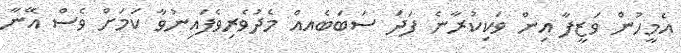
އެމީހުން ވަޒީފާ އިން ވަކިކުރާނެ ފަދަ ސަބަބެއއް މެދުވެރިވެފައިނުވާ ކަމަށް ވެސް އޭނާ